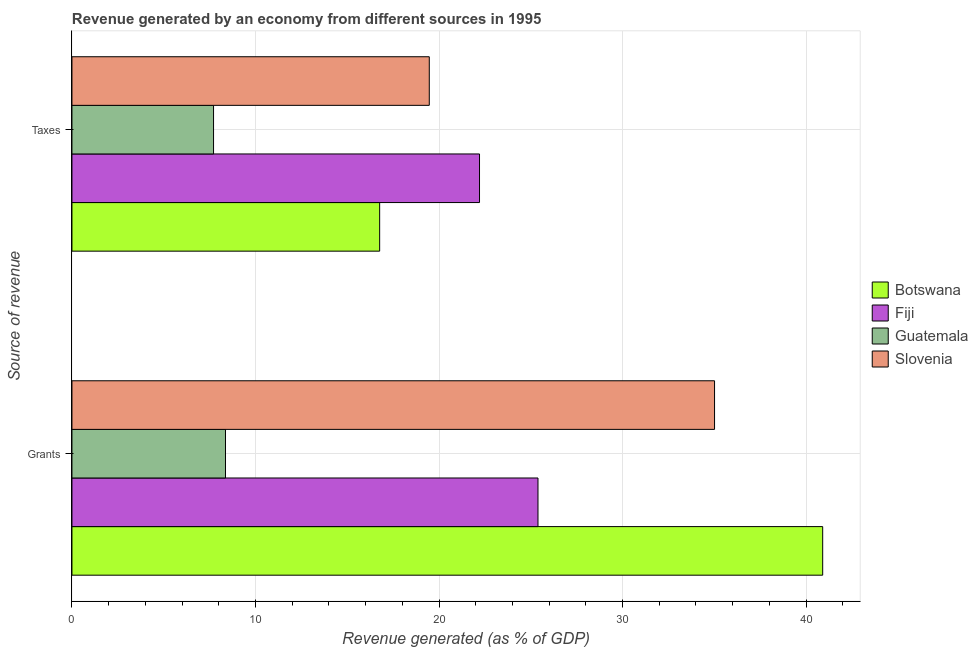
| Source of revenue | Botswana | Fiji | Guatemala | Slovenia |
 | --- | --- | --- | --- | --- |
 | Grants | 40.9 | 25.4 | 8.37 | 35 |
 | Taxes | 16.8 | 22.2 | 7.71 | 19.5 |